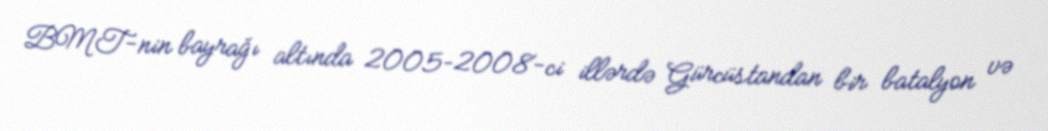
BMT-nin bayrağı altında 2005–2008-ci illərdə Gürcüstandan bir batalyon və